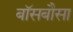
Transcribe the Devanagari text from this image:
बॉसबौसा